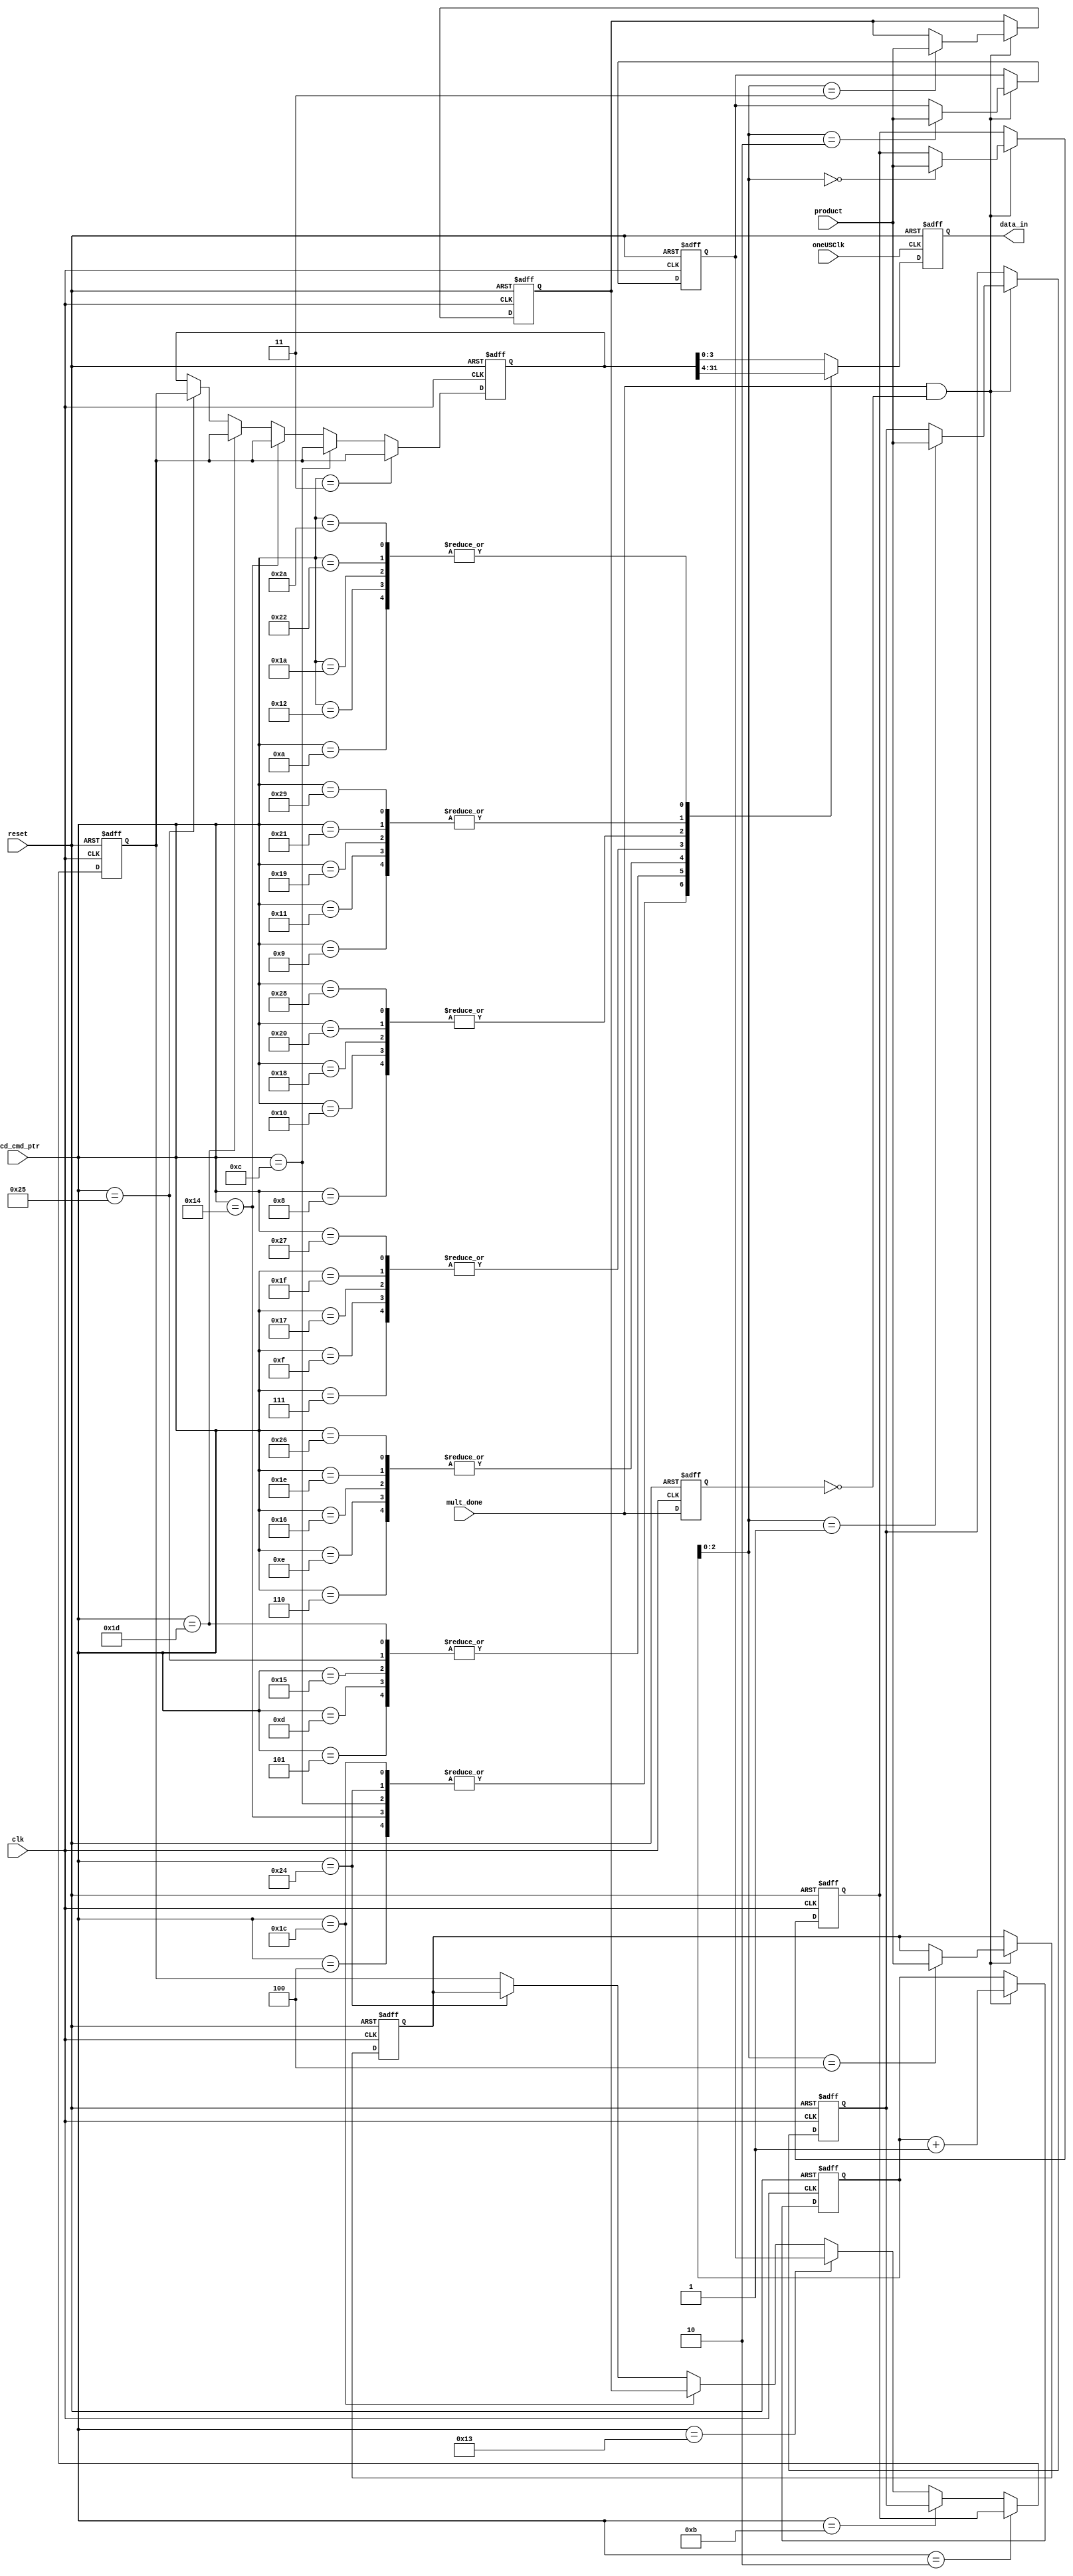

module nibble_converter
   (
      input  wire                     clk,
      input  wire                     reset,
      input  wire                     oneUSClk,
      input  wire                     mult_done, 
      input  wire [5:0]               lcd_cmd_ptr, 
      input  wire [31:0]              product, 
      output reg  [3:0]               data_in 
   );

reg  [31:0] prod_mem[0:4];
reg  [31:0] rrf_mem_1,rrf_mem_2;
reg  [ 3:0] mult_addr;
reg         mult_done_dly1;
wire        mult_done_rise;

always @ (posedge clk, posedge reset)
  if (reset)
    mult_done_dly1 <= 1'b0;
  else
    mult_done_dly1 <= mult_done;

always @ (posedge clk, posedge reset)
  if (reset)
    mult_addr <= 1'b0;
  else if (mult_done_rise)
    mult_addr <= mult_addr + 'd1;

assign mult_done_rise = (mult_done && !mult_done_dly1);

always @ (posedge clk, posedge reset)
  if (reset)
  begin	  
    prod_mem[00] <= 'd0;
    prod_mem[01] <= 'd0;
    prod_mem[02] <= 'd0;
    prod_mem[03] <= 'd0;
    prod_mem[04] <= 'd0;
  end  
  else if (mult_done_rise)
  begin	  
    prod_mem[mult_addr] <= product;
  end  

always @ (posedge oneUSClk, posedge reset)
  if (reset)
    data_in <= 'd0;
  else
    case (lcd_cmd_ptr)	  
       6'h04:  data_in <= rrf_mem_2[31:28];
       6'h05:  data_in <= rrf_mem_2[27:24];
       6'h06:  data_in <= rrf_mem_2[23:20];
       6'h07:  data_in <= rrf_mem_2[19:16];
       6'h08:  data_in <= rrf_mem_2[15:12];
       6'h09:  data_in <= rrf_mem_2[11:08];
       6'h0a:  data_in <= rrf_mem_2[07:04];
       6'h0b:  data_in <= rrf_mem_2[03:00];
       6'h0c:  data_in <= rrf_mem_2[31:28];
       6'h0d:  data_in <= rrf_mem_2[27:24];
       6'h0e:  data_in <= rrf_mem_2[23:20];
       6'h0f:  data_in <= rrf_mem_2[19:16];
       6'h10:  data_in <= rrf_mem_2[15:12];
       6'h11:  data_in <= rrf_mem_2[11:08];
       6'h12:  data_in <= rrf_mem_2[07:04];
       6'h13:  data_in <= rrf_mem_2[03:00];
       6'h14:  data_in <= rrf_mem_2[31:28];
       6'h15:  data_in <= rrf_mem_2[27:24];
       6'h16:  data_in <= rrf_mem_2[23:20];
       6'h17:  data_in <= rrf_mem_2[19:16];
       6'h18:  data_in <= rrf_mem_2[15:12];
       6'h19:  data_in <= rrf_mem_2[11:08];
       6'h1a:  data_in <= rrf_mem_2[07:04];
       6'h1b:  data_in <= rrf_mem_2[03:00];
       6'h1c:  data_in <= rrf_mem_2[31:28];
       6'h1d:  data_in <= rrf_mem_2[27:24];
       6'h1e:  data_in <= rrf_mem_2[23:20];
       6'h1f:  data_in <= rrf_mem_2[19:16];
       6'h20:  data_in <= rrf_mem_2[15:12];
       6'h21:  data_in <= rrf_mem_2[11:08];
       6'h22:  data_in <= rrf_mem_2[07:04];
       6'h23:  data_in <= rrf_mem_2[03:00];
       6'h24:  data_in <= rrf_mem_2[31:28];
       6'h25:  data_in <= rrf_mem_2[27:24];
       6'h26:  data_in <= rrf_mem_2[23:20];
       6'h27:  data_in <= rrf_mem_2[19:16];
       6'h28:  data_in <= rrf_mem_2[15:12];
       6'h29:  data_in <= rrf_mem_2[11:08];
       6'h2a:  data_in <= rrf_mem_2[07:04];
       6'h2b:  data_in <= rrf_mem_2[03:00];
      default :data_in <= rrf_mem_2[03:00];
   endcase
   
always @(posedge clk, posedge reset)
  if(reset)
   rrf_mem_1 <= 'd0;
  else if(lcd_cmd_ptr == 'd2)
   rrf_mem_1 <= prod_mem[00];
  else if(lcd_cmd_ptr == 'd11)
   rrf_mem_1 <= prod_mem[01];
  else if(lcd_cmd_ptr == 'd19)
   rrf_mem_1 <= prod_mem[02];
  else if(lcd_cmd_ptr == 'd28)
    rrf_mem_1 <= prod_mem[03];
  else if(lcd_cmd_ptr == 'd36)
    rrf_mem_1 <= prod_mem[04];

always @(posedge clk, posedge reset)
  if(reset)
   rrf_mem_2 <= 'd0;
  else if(lcd_cmd_ptr == 'd3)
   rrf_mem_2 <= rrf_mem_1;
  else if(lcd_cmd_ptr == 'd12)
   rrf_mem_2 <= rrf_mem_1;
  else if(lcd_cmd_ptr == 'd20)
   rrf_mem_2 <= rrf_mem_1;
  else if(lcd_cmd_ptr == 'd29)
    rrf_mem_2 <= rrf_mem_1;
  else if(lcd_cmd_ptr == 'd37)
    rrf_mem_2 <= rrf_mem_1;

endmodule